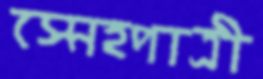
স্নেহপাত্রী